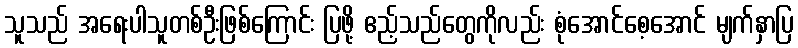
သူသည် အရေးပါသူတစ်ဦးဖြစ်ကြောင်း ပြဖို့ ဧည့်သည်တွေကိုလည်း စုံအောင်စေ့အောင် မျက်နှာပြ